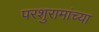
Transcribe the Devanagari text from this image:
परशुरामांच्या